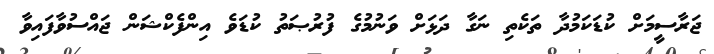
ޖަރާސީމަށް ކުޑަކަމުދާ ތަކެތި ނަގާ ދަޅަށް ވަނުމުގެ ފުރުޞަތު ކުޑަވެ އިންފެކްޝަން ޖައްސުވާފައިވާ